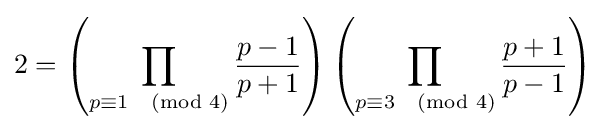
2=\left(\prod _{p\equiv 1{\pmod {4}}}{\frac {p-1}{p+1}}\right)\left(\prod _{p\equiv 3{\pmod {4}}}{\frac {p+1}{p-1}}\right)